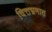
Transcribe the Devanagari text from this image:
चित्तभ्रमात